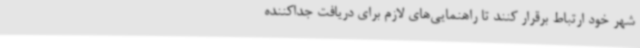
شهر خود ارتباط برقرار کنند تا راهنمایی‌های لازم برای دریافت جداکننده